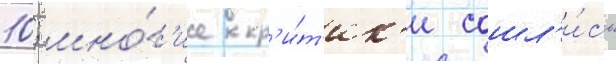
10; мно́г'ие кр'и́т'ик'и сошл'и́сь